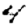
Digit: 4